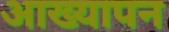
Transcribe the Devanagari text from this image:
आख्यापन